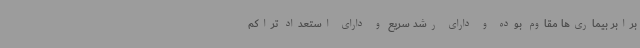
برابر بیماری‌ها مقاوم بوده و دارای رشد سریع و دارای استعداد تراکم